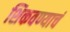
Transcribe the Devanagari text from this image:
शिकवण्याचं